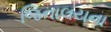
જિનાલયના